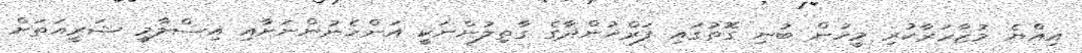
އިއްޔެ މުޒާހަރާކުރި މީހުން ބުނި ގޮތުގައި ފަރްޚުންދާގެ ގާތިލުންނަކީ އަންހެނުންނަށާއި އިސްލާމީ ޝަރީއަތަށް